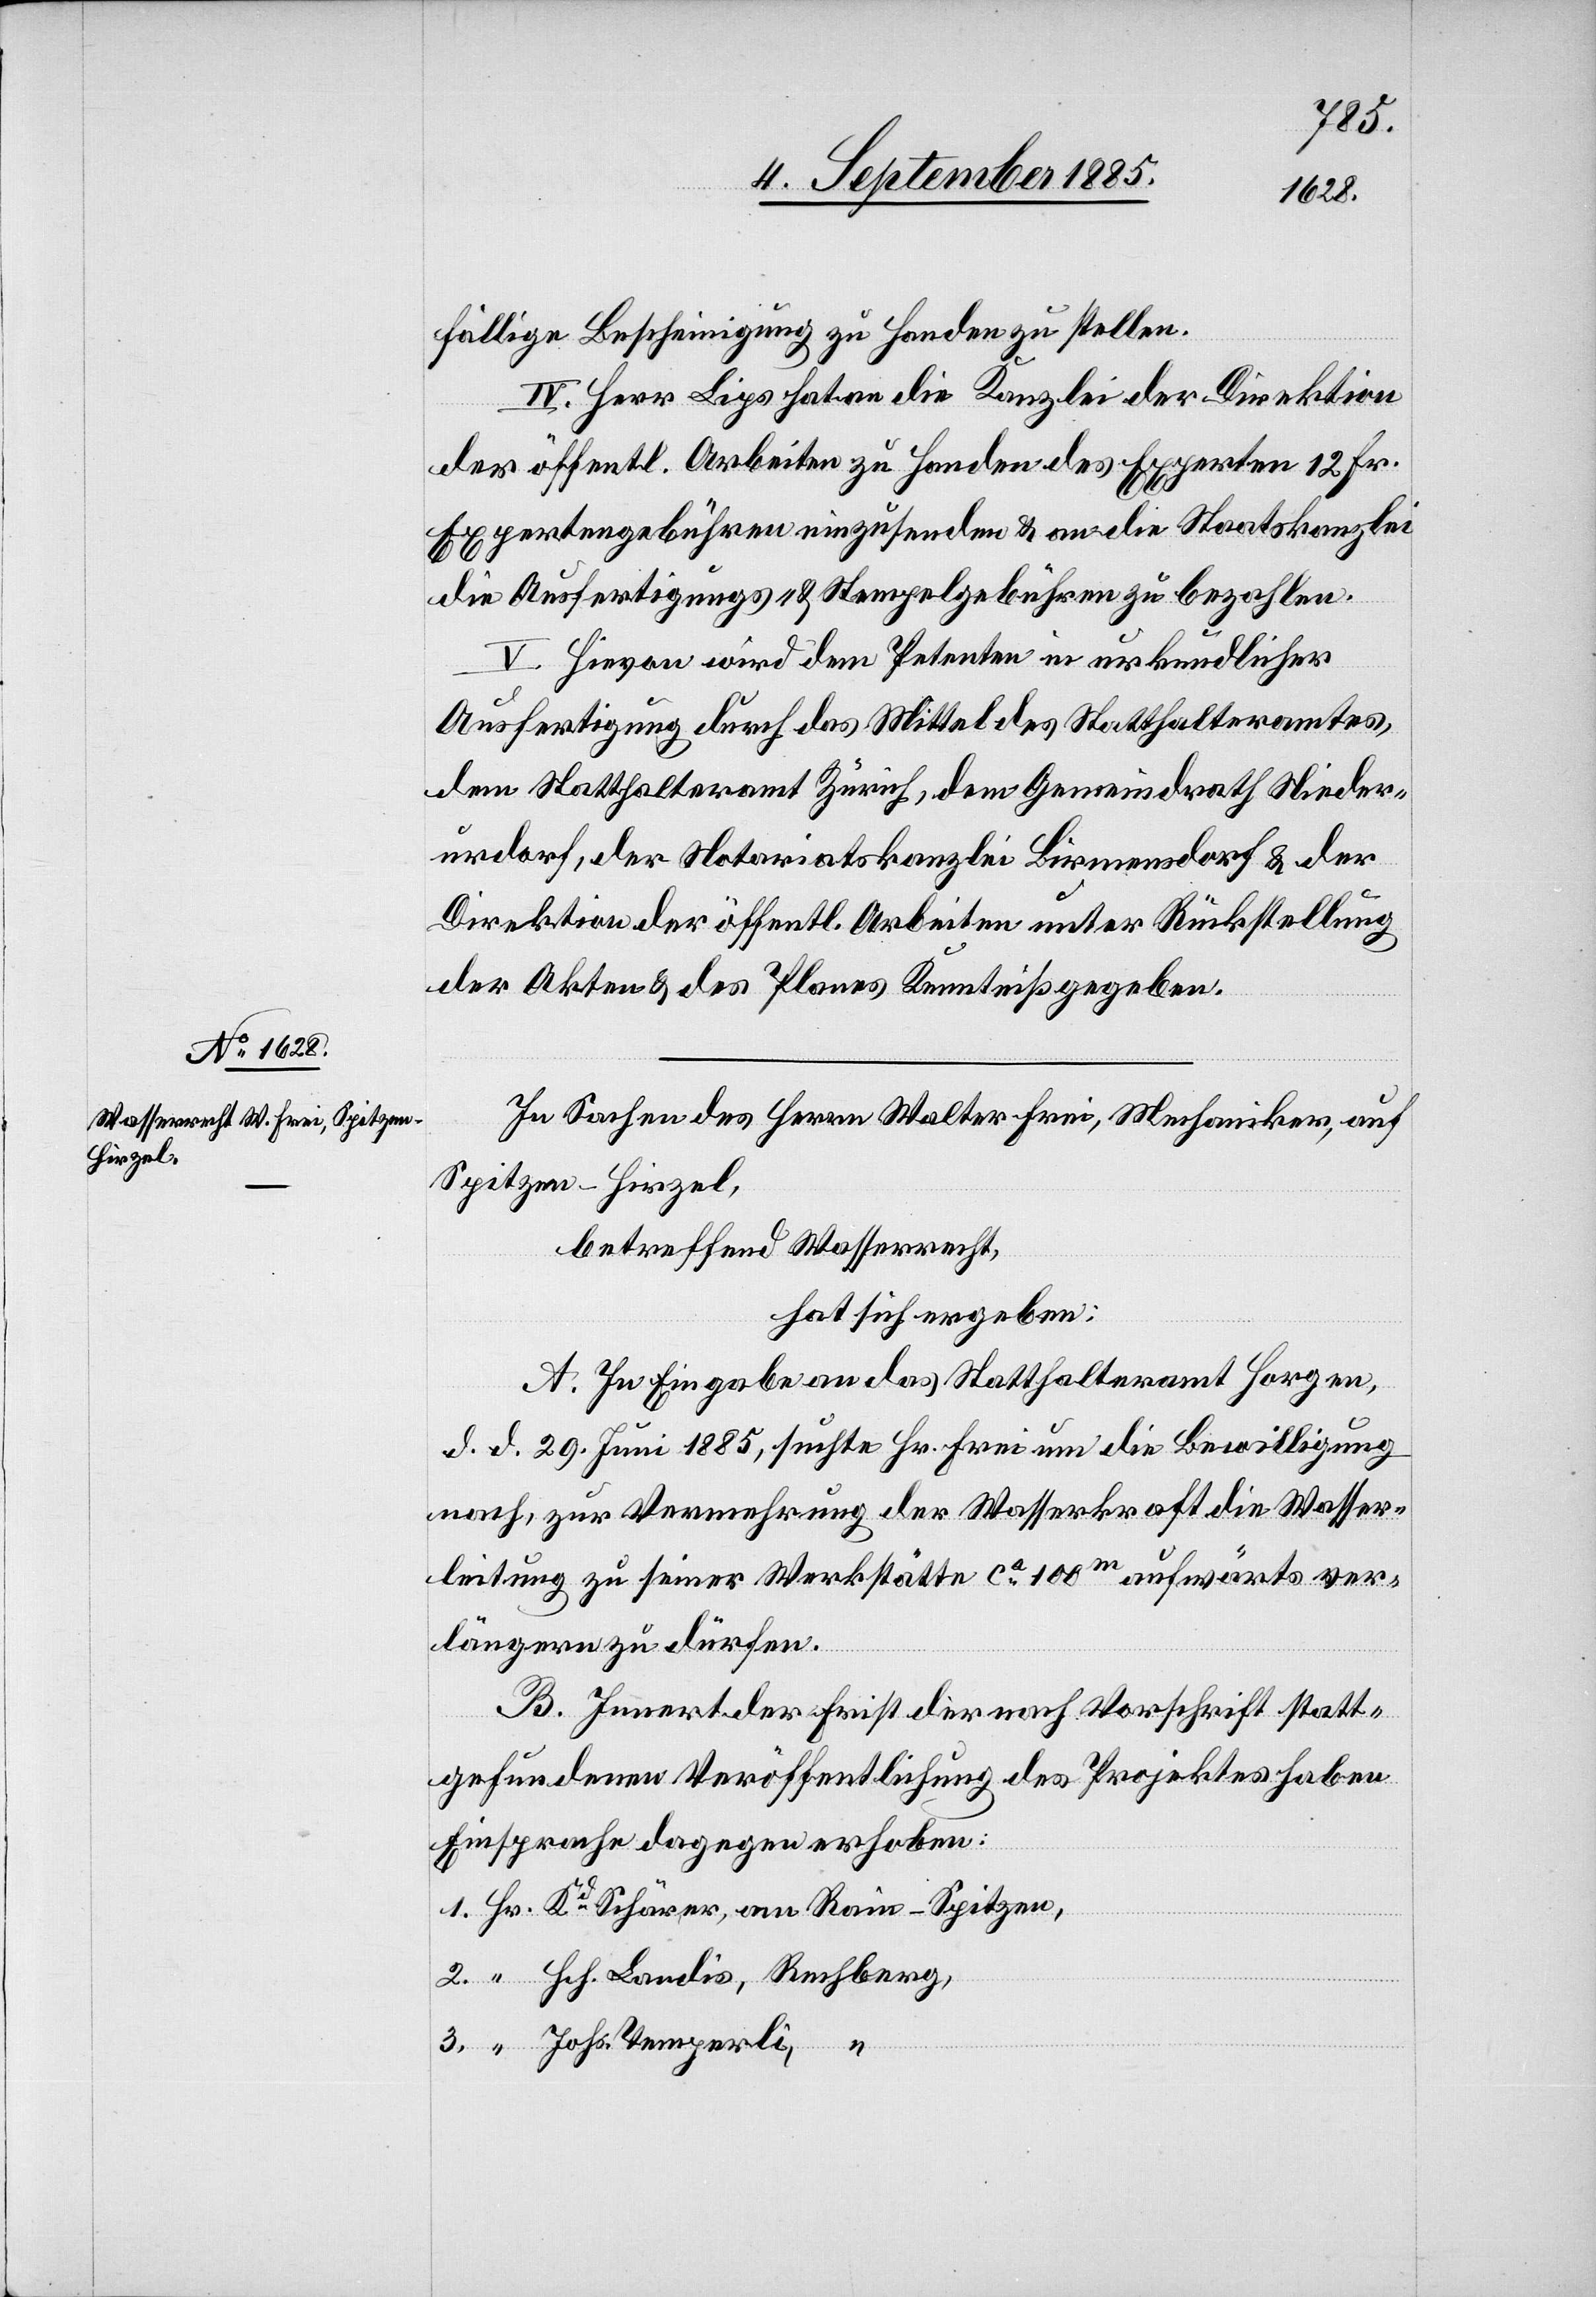
fällige Bescheinigung zu Handen zu stellen.
IV. Herr Lips hat an die Kanzlei der Direktion
Temperli,
der öffentl. Arbeiten zu Handen des Experten 12 Fr.
Expertengebühren einzusenden & an die Staatskanzlei
die Ausfertigungs- & Stempelgebühren zu bezahlen.
“
V. Hievon wird den Petenten in urkundlicher
Ausfertigung durch das Mittel des Statthalteramtes
dem Statthalteramt Zürich, dem Gemeindrath Nieder¬
urdorf, der Notariatskanzlei Birmensdorf & der
Direktion der öffentl. Arbeiten unter Rückstellung
der Akten & des Planes Kenntniß gegeben.
In Sachen des Herrn Walter Frei, Mechaniker, auf
Spitzen - Hirzel,
betreffend Wasserrecht,
hat sich ergeben:
A. In Eingabe an das Statthalteramt Horgen,
d. d. 29. Juni 1885, suchte Hr. Frei um die Bewilligung
nach, zur Vermehrung der Wasserkraft die Wasser¬
leitung zu seiner Werkstätte ca 100m aufwärts ver¬
längern zu dürfen.
B. Innert der Frist der nach Vorschrift statt¬
gefundenen Veröffentlichung des Projektes haben
Einsprache dagegen erhoben:
Hch. Landis, Rechberg